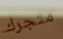
متجرك